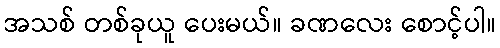
အသစ် တစ်ခုယူ ပေးမယ်။ ခဏလေး စောင့်ပါ။